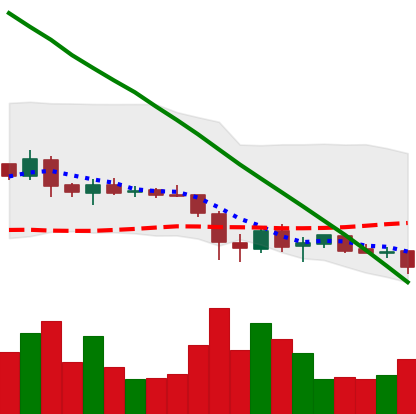
Ticker: ADA-USD
Chart end date: 2019-02-06
Forward return: 13.829%
Label: up_7plus